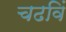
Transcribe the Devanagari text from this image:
चढविं